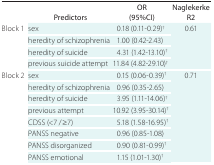
<table><thead><tr><td></td><td><b>Predictors:</b></td><td><b>OR (95%CI)</b></td><td><b>Naglekerke R2</b></td></tr></thead><tbody><tr><td rowspan="4">Block 1</td><td>sex</td><td>0.18 (0.11-0.29)<sup>†</sup></td><td rowspan="4">0.61</td></tr><tr><td>heredity of schizophrenia</td><td>1.00 (0.42-2.43)</td></tr><tr><td>heredity of suicide</td><td>4.31 (1.42-13.10)<sup>†</sup></td></tr><tr><td>previous suicide attempt</td><td>11.84 (4.82-29.10)<sup>†</sup></td></tr><tr><td rowspan="8">Block 2</td><td>sex</td><td>0.15 (0.06-0.39)<sup>†</sup></td><td rowspan="8">0.71</td></tr><tr><td>heredity of schizophrenia</td><td>0.96 (0.35-2.65)</td></tr><tr><td>heredity of suicide</td><td>3.95 (1.11-14.06)<sup>†</sup></td></tr><tr><td>previous attempt</td><td>10.92 (3.95-30.14)<sup>†</sup></td></tr><tr><td>CDSS (&lt;7 / ≥7)</td><td>5.18 (1.58-16.95)<sup>†</sup></td></tr><tr><td>PANSS negative</td><td>0.96 (0.85-1.08)</td></tr><tr><td>PANSS disorganized</td><td>0.90 (0.81-0.99)<sup>†</sup></td></tr><tr><td>PANSS emotional</td><td>1.15 (1.01-1.30)<sup>†</sup></td></tr></tbody></table>